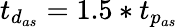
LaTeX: t_{{d}_{as}}=1.5*t_{p_{as}}